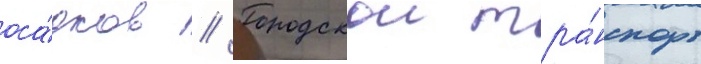
оса́дков // Городскои тра́нспорт